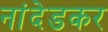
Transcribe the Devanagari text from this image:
नांदेडकर